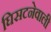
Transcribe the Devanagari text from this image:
घिसटनेवाली